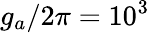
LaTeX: g_{a}/2\pi=10^{3}